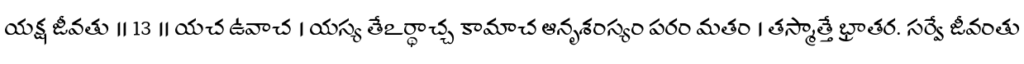
యక్ష జీవతు ॥ 13 ॥ యచ ఉవాచ । యస్య తేఽర్థాచ్చ కామాచ ఆనృశంస్యం పరం మతం । తస్మాత్తే భ్రాతర. సర్వే జీవంతు